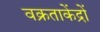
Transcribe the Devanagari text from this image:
वक्रताकेंद्रों